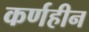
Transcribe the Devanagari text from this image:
कर्णहीन